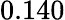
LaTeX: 0.140